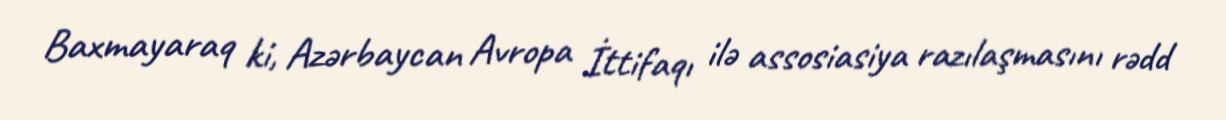
Baxmayaraq ki, Azərbaycan Avropa İttifaqı ilə assosiasiya razılaşmasını rədd